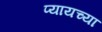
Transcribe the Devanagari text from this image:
प्यायच्या